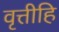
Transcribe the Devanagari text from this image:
वृत्तीहि